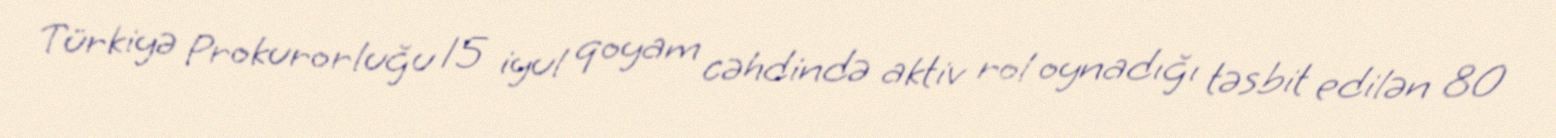
Türkiyə Prokurorluğu 15 iyul qoyam cəhdində aktiv rol oynadığı təsbit edilən 80